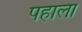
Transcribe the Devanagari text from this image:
पहाला